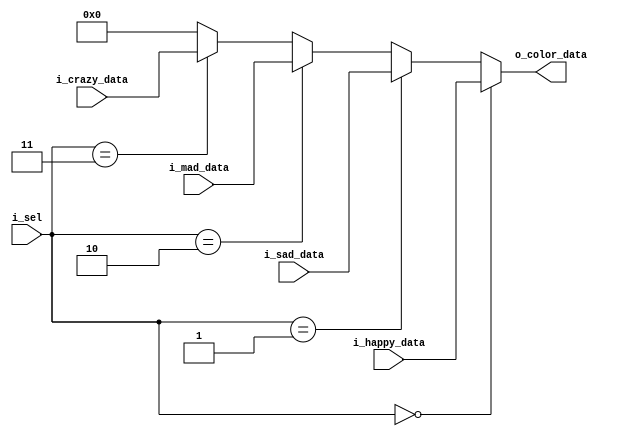
`timescale 1ns / 1ps
//////////////////////////////////////////////////////////////////////////////////
// Company: 
// 
// Design Name: 
// Module Name: mux4to1_12bit
// Project Name: Emoji_Animation
// Target Devices: 
// Tool Versions: 
// Description: multiplexes all the different emotions and outputs one depending on the select value
// 
// Dependencies: 
// 
// Revision:
// Revision 0.01 - File Created
// Additional Comments:
// 
//////////////////////////////////////////////////////////////////////////////////


module mux4to1_12bit(
  input [11:0] i_happy_data,
  input [11:0] i_sad_data,
  input [11:0] i_mad_data,
  input [11:0] i_crazy_data,
  input [1:0] i_sel,          // from processor
  output [11:0] o_color_data  // output data to VGA driver module
  );
  
  assign o_color_data = (i_sel == 2'b00) ? i_happy_data : 
                        (i_sel == 2'b01) ? i_sad_data : 
                        (i_sel == 2'b10) ? i_mad_data : 
                        (i_sel == 2'b11) ? i_crazy_data :
                        12'h000;
  
endmodule